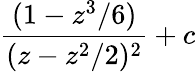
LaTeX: {\frac{(1-z^{3}/6)}{(z-z^{2}/2)^{2}}}+c